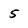
Character: 5